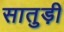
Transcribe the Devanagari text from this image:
सातुड़ी